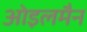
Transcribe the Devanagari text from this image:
ओइलमैन